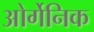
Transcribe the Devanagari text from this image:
ओर्गेनिक